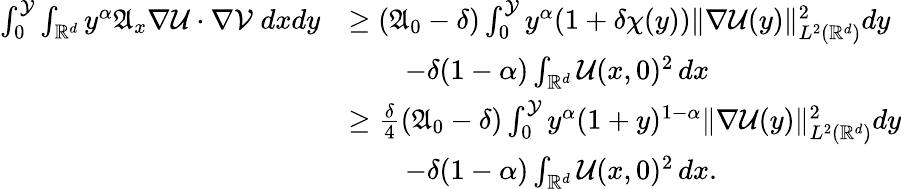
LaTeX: \begin{array}{rl}{\int_{0}^{\mathcal{Y}}\int_{\mathbb{R}^{d}}{y^{\alpha}\mathfrak{A}_{x}\nabla\mathcal{U}\cdot\nabla\mathcal{V}\; dxdy}}&{\geq(\mathfrak{A}_{0}-\delta)\int_{0}^{\mathcal{Y}}{y^{\alpha}(1+\delta\chi(y))\| \nabla\mathcal{U}(y)\| _{L^{2}(\mathbb{R}^{d})}^{2}dy}}\\ &{\qquad-\delta(1-\alpha)\int_{\mathbb{R}^{d}}{\mathcal{U}(x,0)^{2}\, dx}}\\ &{\geq\frac{\delta}{4}(\mathfrak{A}_{0}-\delta)\int_{0}^{\mathcal{Y}}{y^{\alpha}(1+y)^{1-\alpha}\| \nabla\mathcal{U}(y)\| _{L^{2}(\mathbb{R}^{d})}^{2}dy}}\\ &{\qquad-\delta(1-\alpha)\int_{\mathbb{R}^{d}}{\mathcal{U}(x,0)^{2}\, dx}.}\end{array}